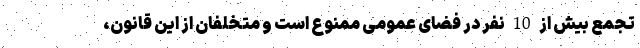
تجمع بیش از 10 نفر در فضای عمومی ممنوع است و متخلفان از این قانون،